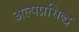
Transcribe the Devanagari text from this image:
अल्पप्रसिद्ध